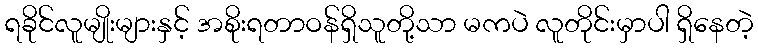
ရခိုင်လူမျိုးများနှင့် အစိုးရတာဝန်ရှိသူတို့သာ မကပဲ လူတိုင်းမှာပါ ရှိနေတဲ့